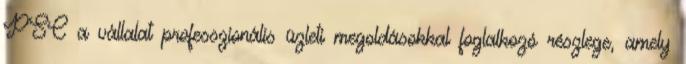
PSC a vállalat professzionális üzleti megoldásokkal foglalkozó részlege, amely